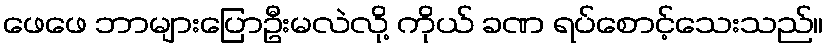
ဖေဖေ ဘာများပြောဦးမလဲလို့ ကိုယ် ခဏ ရပ်စောင့်သေးသည်။